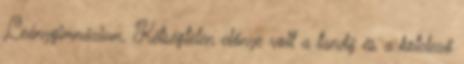
Leánygimnázium. Kétségtelen előnye volt a tandíj és a kötelező